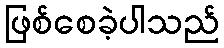
ဖြစ်စေခဲ့ပါသည်